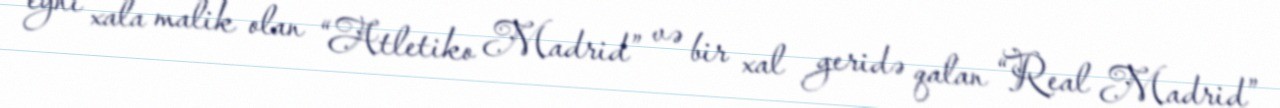
eyni xala malik olan “Atletiko Madrid” və bir xal geridə qalan “Real Madrid”